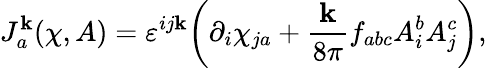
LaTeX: J_{a}^{\mathbf{k}}(\chi,A)=\varepsilon^{ij\mathbf{k}}\bigg(\partial_{i}\chi_{ja}+{\frac{{\mathbf{k}}}{{8\pi}}}f_{abc}A_{i}^{b}A_{j}^{c}\bigg),